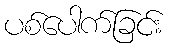
ပစ်ပေါက်ခြင်း